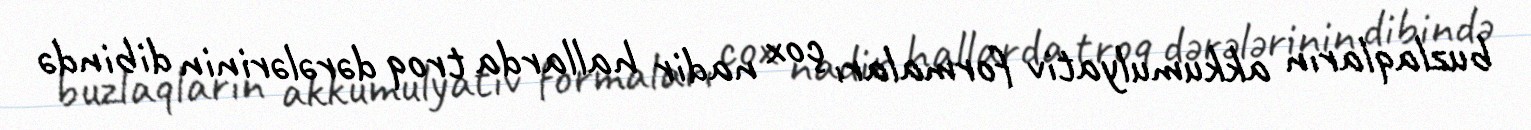
buzlaqların akkumulyativ formaları çox nadir hallarda troq dərələrinin dibində